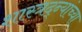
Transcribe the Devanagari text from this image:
शास्त्रद्न्यांच्या